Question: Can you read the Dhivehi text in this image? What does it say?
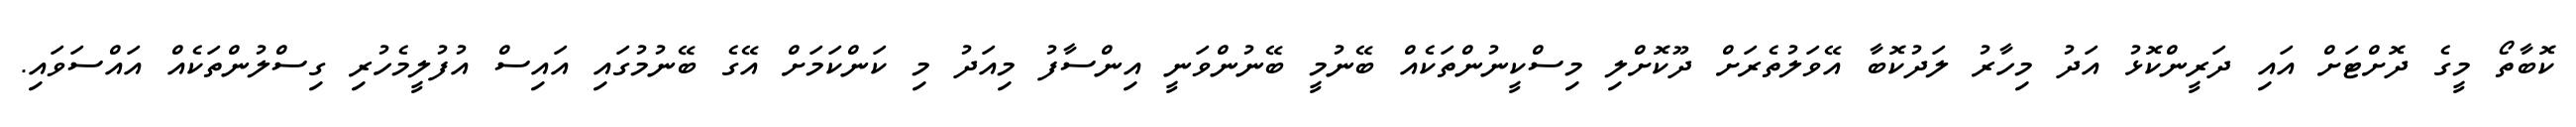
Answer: ކޮބާތޯ މީގެ ދޮށްޓަށް އައި ދަރީންކޮޅު އަދު މިހާރު ލަދުކޮބާ އޭވަލުތެރަށް ދޫކޮށްލި މިސްކީނުންތަކެއް ބޭނުމީ ބޭނުންވަނީ އިންސާފު މިއަދު މި ކަންކަމަށް އޭގެ ބޭނުމުގައި އައިސް އުފުލީމެހުރި ގިސްލުންތަކެއް އައްސަވައި.